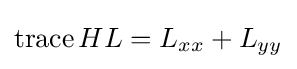
\operatorname {trace} HL=L_{xx}+L_{yy}